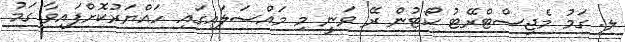
ލ. ގަމު މެޖިސްޓްރޭޓު ކޯޓުން ރޭ ވަނީ މި މައްސަލައިގައި ހައްޔަރުކޮށްފައިވާ ގަމު